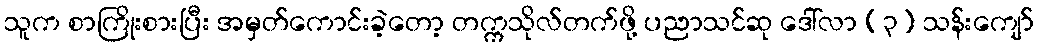
သူက စာကြိုးစားပြီး အမှတ်ကောင်းခဲ့တော့ တက္ကသိုလ်တက်ဖို့ ပညာသင်ဆု ဒေါ်လာ (၃) သန်းကျော်